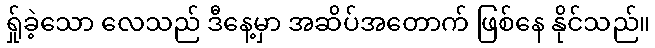
ရ်ှုခဲ့သော လေသည် ဒီနေ့မှာ အဆိပ်အတောက် ဖြစ်နေ နိုင်သည်။